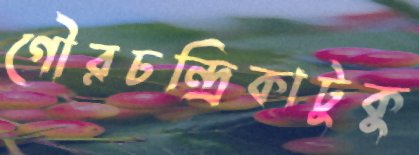
গৌরচন্দ্রিকাটুকু